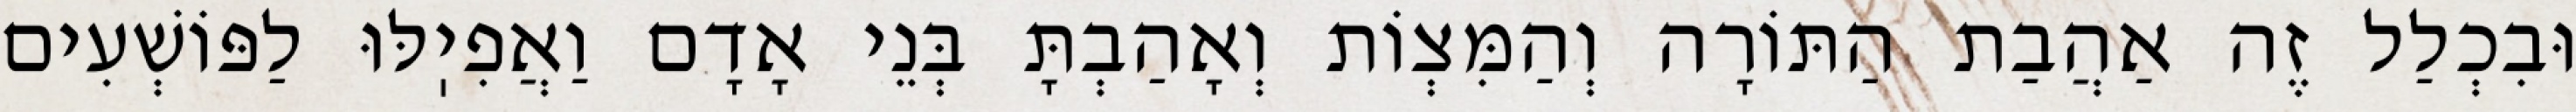
וּבִכְלַל זֶה אַהֲבַת הַתּוֹרָה וְהַמִּצְוֹת וְאָהַבְתָּ בְּנֵי אָדָם וַאֲפִיֽלּוּ לַפּוֹשְׁעִים